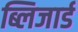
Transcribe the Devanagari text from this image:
ब्लिजार्ड